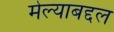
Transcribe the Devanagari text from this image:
मेल्याबद्दल